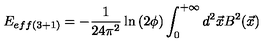
E _ { e f f ( 3 + 1 ) } = - \frac { 1 } { 2 4 \pi ^ { 2 } } \ln \left( 2 \phi \right) \int _ { 0 } ^ { + \infty } d ^ { 2 } \vec { x } B ^ { 2 } ( \vec { x } )